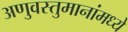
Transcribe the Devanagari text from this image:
अणुवस्तुमानांमध्ये